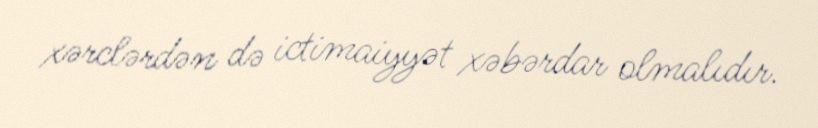
xərclərdən də ictimaiyyət xəbərdar olmalıdır.